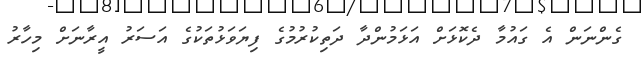
ގެންނަން އެ ގައުމާ ދެކޮޅަށް އަޅަމުންދާ ދަތިކުރުމުގެ ފިޔަވަޅުތަކުގެ އަސަރު އީރާނަށް މިހާރު